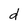
Character: d